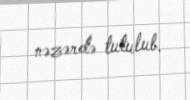
nəzərdə tutulub.